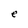
Character: e